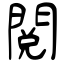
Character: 閱